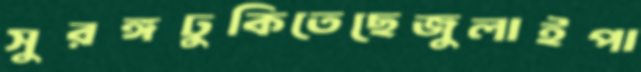
সুরঙ্গঢুকিতেছেজুলাইপা